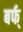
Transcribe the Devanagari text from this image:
बर्फ्